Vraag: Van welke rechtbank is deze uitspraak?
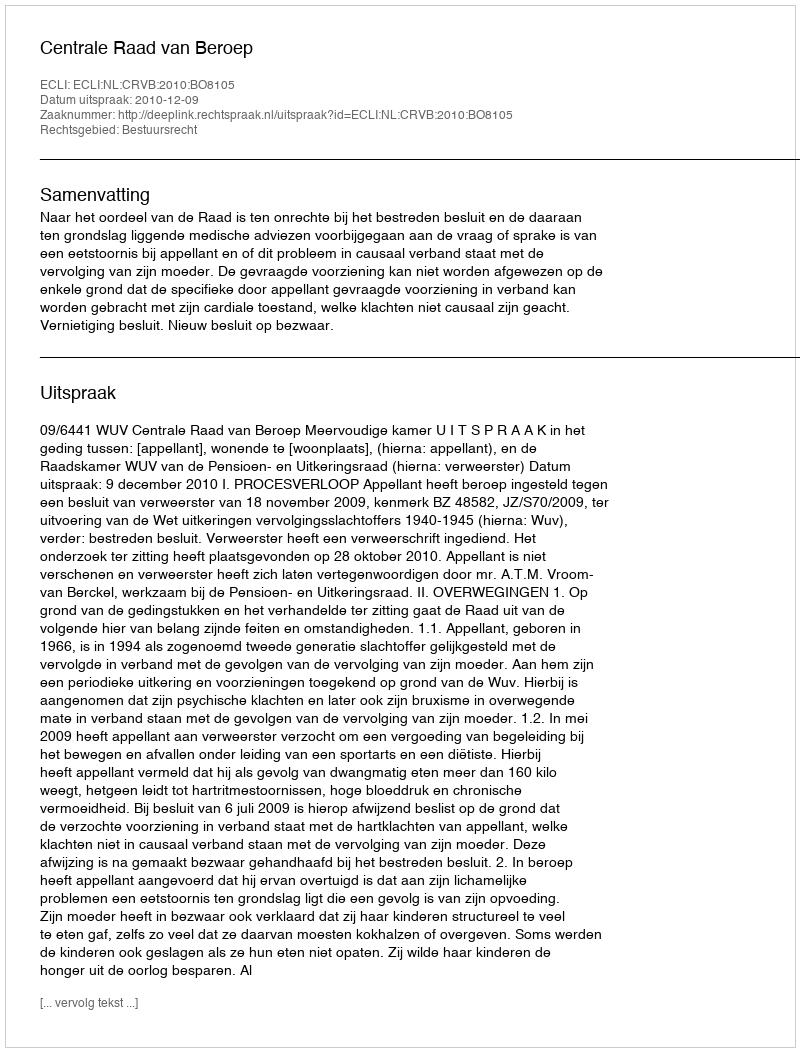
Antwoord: Centrale Raad van Beroep